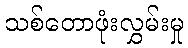
သစ်တောဖုံးလွှမ်းမှု